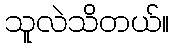
သူလဲသိတယ်။